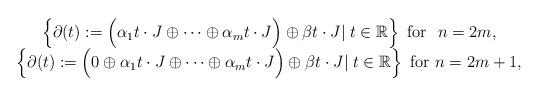
LaTeX: \begin{align*}\begin{array}{c}\left\{\partial(t):=\Big(\alpha_1 t\cdot J \oplus\cdots\oplus\alpha_m t\cdot J\Big) \oplus\beta t\cdot J |\; t \in{\mathbb R}\right\} \hbox{ for } \ n=2m, \\\left\{\partial(t):= \Big(0 \oplus \alpha_1 t\cdot J \oplus\cdots\oplus\alpha_m t\cdot J\Big) \oplus\beta t\cdot J |\; t \in {\mathbb R}\right\} \ \hbox{for} \ n=2m+1, \end{array}\end{align*}